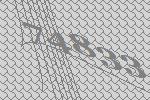
74833